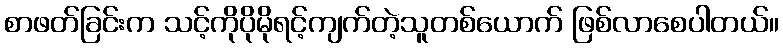
စာဖတ်ခြင်းက သင့်ကိုပိုမိုရင့်ကျက်တဲ့သူတစ်ယောက် ဖြစ်လာစေပါတယ်။